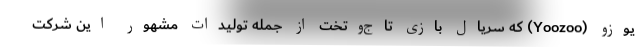
یوزو (Yoozoo) که سریال بازی تاج‌وتخت از جمله تولیدات مشهور این شرکت